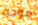
موجة